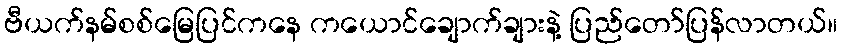
ဗီယက်နမ်စစ်မြေပြင်ကနေ ကယောင်ချောက်ချားနဲ့ ပြည်တော်ပြန်လာတယ်။